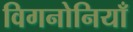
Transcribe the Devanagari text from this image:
विगनोनियाँ